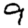
Digit: 9